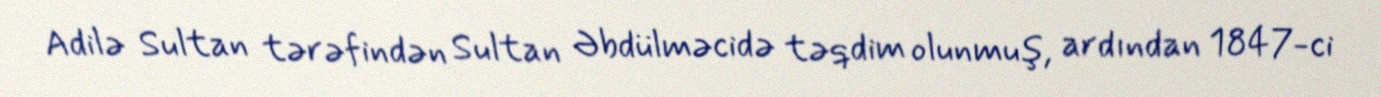
Adilə Sultan tərəfindən Sultan Əbdülməcidə təqdim olunmuş, ardından 1847-ci